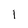
Character: 1